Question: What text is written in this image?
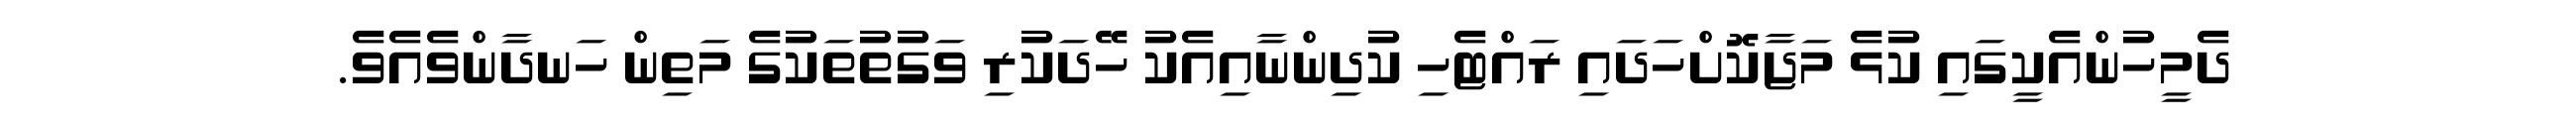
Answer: ދެމީހުންއެކީގައި ކުޅެ މަޖާކޮށްހަދައި ރައްޓެހި ކުދިންނާއިއެކު ހޭދަކުރި ވަގުތުތަކުގެ މަތިން ހަނދާންވެއެވެ.